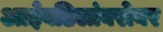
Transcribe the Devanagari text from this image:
आईवडिलांबरोबर